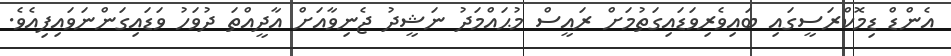
އެންޑް ޑިމޮކްރަސީގައި ބައިވެރިވަޑައިގަތުމަށް ރައީސް މުޙައްމަދު ނަޝީދު ޖެނިވާއަށް އާދީއްތަ ދުވަހު ވަޑައިގަންނަވައިފިއެވެ.